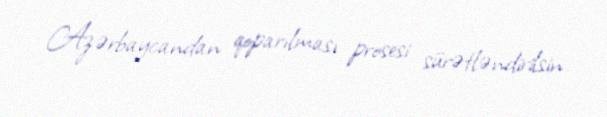
Azərbaycandan qoparılması prosesi sürətləndirilsin.